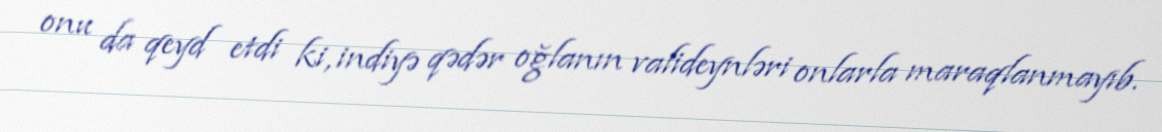
onu da qeyd etdi ki, indiyə qədər oğlanın valideynləri onlarla maraqlanmayıb.